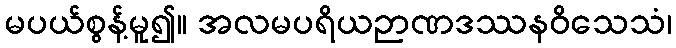
မပယ်စွန့်မူ၍။ အလမပရိယဉာဏဒဿနဝိသေသံ၊